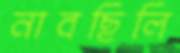
নাবছিলি